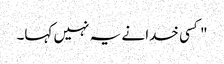
" کسی خدا نے یہ نہیں کہا۔